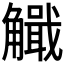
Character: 𧥄